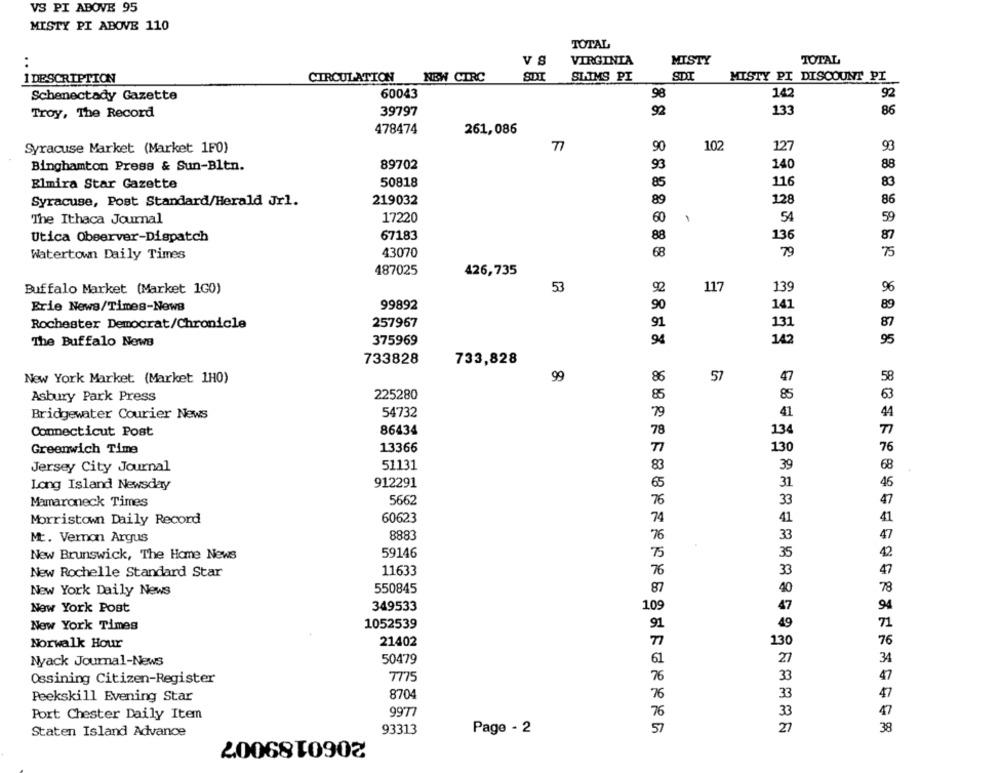
VS PI ABOVE 95
MISTY PI ABOVE 110
TOTAL
VS
VIRGINIA
MISTY
TOTAL
CIRCULATION
NEW CIRC
SDI
MISTY PI DISCOUNT PI
1 DESCRIPTION
SLIMS PI
60043
142
92
Schenectady Gazette
98
Troy, The Record
39797
92
13
86
478474
261,086
77
90
102
127
Syracuse Market (Market 1F0)
93
Binghamton Press & Sun-Bltn.
89702
93
140
88
Elmira Star Gazette
50818
85
116
83
Syracuse, Post Standard/Herald Jr1.
219032
89
128
86
The Ithaca Journal
17220
60
54
59
Utica Obeerver-Dispatch
67183
88
136
87
Watertown Daily Times
43070
68
79
75
487025
426,735
53
92
139
Buffalo Market (Market 1G0)
117
96
Erie News/Times-News
99892
90
141
89
Rochester Democrat/Chronicle
257967
91
131
87
375969
94
142
95
The Buffalo Nows
733828
733,828
New York Market (Market 1H0)
99
86
57
47
58
63
Asbury Park Press
225280
85
Bridgewater Courier News
54732
41
44
Commecticut Post
86434
134
77
Greenwich Time
13366
130
76
Jersey City Journal
51131
39
68
Long Island Newsday
912291
31
46
Mamaroneck Times
5662
33
47
60623
41
Morristown Daily Record
41
Mt. Vernon Argus
8883
33
47
New Brunswick, The Home News
59146
35
42
New Rochelle Standard Star
11633
33
47
550845
40
New York Daily News
78
New York Post
349533
109
47
94
New York Times
1052539
49
71
21402
76
Norwalk Hour
130
Nyack Journal-News
50479
27
34
Ossining Citizen-Register
7775
33
47
8704
33
47
Peekskill Evening Star
9977
Port Chester Daily Item
33
Staten Island Advance
93313
Page - 2
88888888 8 88 9991 9 86679 10 788 6 76 74 76 75 76 5 0 9 7 6 %6 %5 %55
27
38